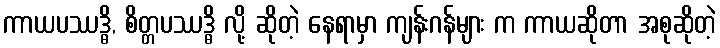
ကာယပဿဒ္ဓိ, စိတ္တပဿဒ္ဓိ လို့ ဆိုတဲ့ နေရာမှာ ကျန်းဂန်များ က ကာယဆိုတာ အစုဆိုတဲ့